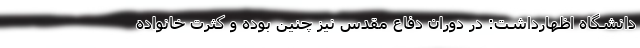
دانشگاه اظهارداشت: در دوران دفاع مقدس نیز چنین بوده و کثرت خانواده